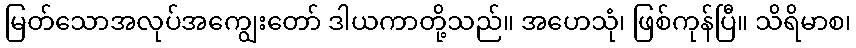
မြတ်သောအလုပ်အကျွေးတော် ဒါယကာတို့သည်။ အဟေသုံ၊ ဖြစ်ကုန်ပြီ။ သိရိမာစ၊